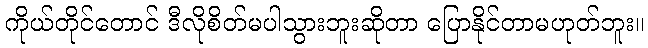
ကိုယ်တိုင်တောင် ဒီလိုစိတ်မပါသွားဘူးဆိုတာ ပြောနိုင်တာမဟုတ်ဘူး။